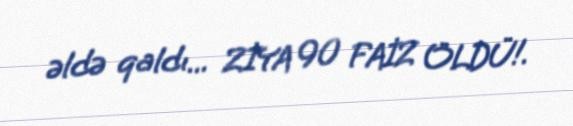
əldə qaldı... ZİYA 90 FAİZ ÖLDÜ!.